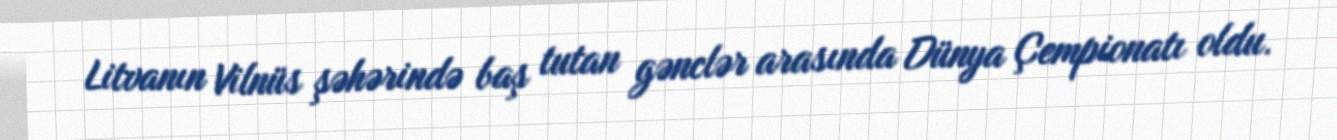
Litvanın Vilnüs şəhərində baş tutan gənclər arasında Dünya Çempionatı oldu.